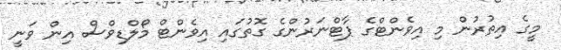
މީގެ އިތުރުން މި އިވެންޓްގެ ޕާޓްނަރުންގެ ގޮތުގައި އިވެންޓް މޯލްޑިވްސް އިން ވަނީ